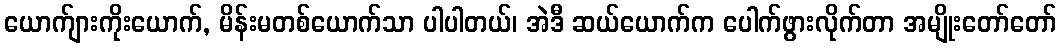
ယောက်ျားကိုးယောက်, မိန်းမတစ်ယောက်သာ ပါပါတယ်၊ အဲဒီ ဆယ်ယောက်က ပေါက်ဖွားလိုက်တာ အမျိုးတော်တော်